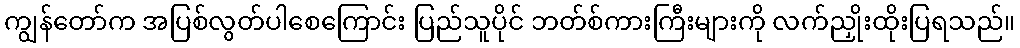
ကျွန်တော်က အပြစ်လွတ်ပါစေကြောင်း ပြည်သူပိုင် ဘတ်စ်ကားကြီးများကို လက်ညှိုးထိုးပြရသည်။